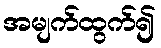
အမျက်ထွက်၍